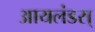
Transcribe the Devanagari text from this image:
आयलंडस्